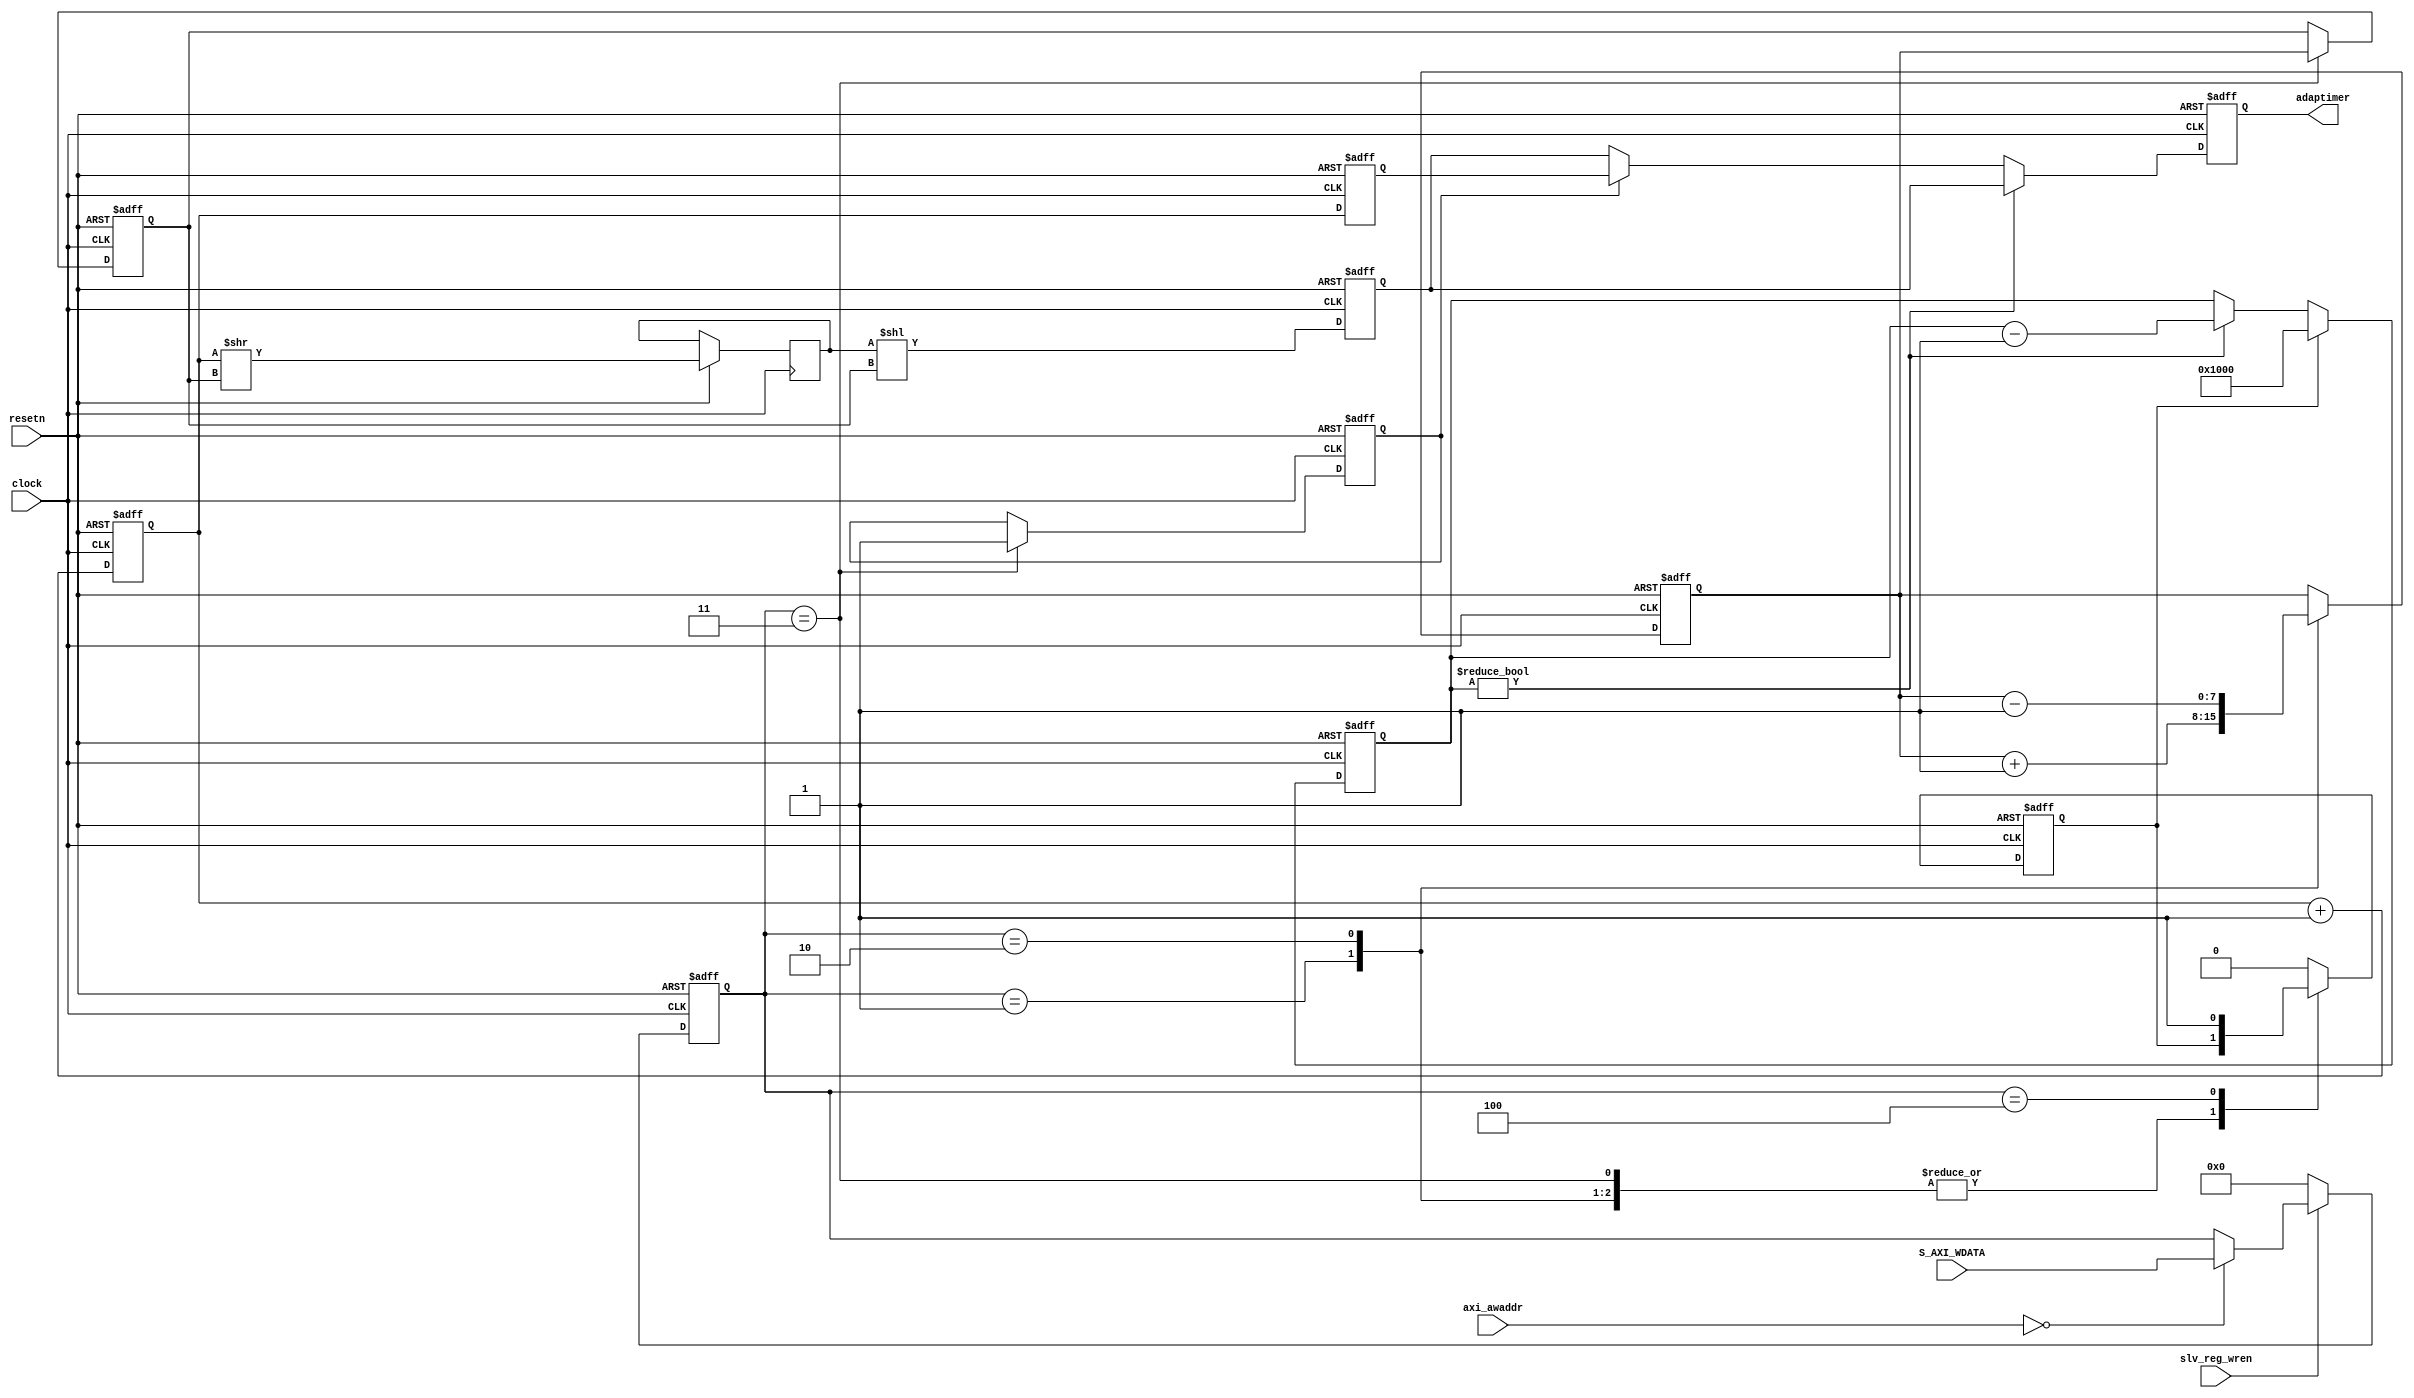
`timescale 1ns / 1ps


module AdapTimer(
	input                     resetn,
	input                     clock,
	input                     slv_reg_wren,
	input [2:0]               axi_awaddr,
	input [31:0]              S_AXI_WDATA,
(*mark_debug = "true"*)output reg [63:0]         adaptimer
);


// ==================================================================
// reg
// ==================================================================
(*mark_debug = "true"*)reg [63:0]     clock_counter;
(*mark_debug = "true"*)reg [31:0]     control_register;
(*mark_debug = "true"*)reg [7:0]      resolution_register;
(*mark_debug = "true"*)reg [7:0]      safe_resolution_register;
(*mark_debug = "true"*)reg [63:0]     safetimer;
(*mark_debug = "true"*)reg [63:0]     temp_safetimer;
(*mark_debug = "true"*)reg [63:0]     high_resolution_timer;
(*mark_debug = "true"*)reg            flush_start;
(*mark_debug = "true"*)reg            timer_en;
(*mark_debug = "true"*)reg [31:0]     safe_counter;


// ==================================================================
// clock_counter
// ==================================================================	
always @(posedge clock or negedge resetn) 
	begin
	if(resetn == 1'b0) 
		begin
		clock_counter <=64'h0;
		end
	else
		begin
		clock_counter <= clock_counter+1'b1;
		end
	end

	
	
// ==================================================================
// control_register
// ==================================================================
always @(posedge clock or negedge resetn)
	begin
	if(resetn == 1'b0)
		begin
		control_register <= 32'h0;
		end
	else	
		if(slv_reg_wren)
			begin
			case(axi_awaddr)
				4'h0:
					begin
					control_register <= S_AXI_WDATA[31:0];
					end
				default:
					begin
					control_register <= control_register; 
					end
			endcase
			end
		else
			begin
			control_register <= 32'h0;
			end
	end		
	

// ==================================================================
// resolution_register/safe_resolution_register,flushflush_start
// ==================================================================
always @(posedge clock or negedge resetn)
	begin
	if(resetn == 1'b0)
		begin
		resolution_register      <= 8'h10;
		safe_resolution_register <= 8'h10;
		flush_start              <= 1'b0;
		timer_en                 <= 1'b0;
		end
	else
		begin
		case(control_register)
			32'h1://
				begin
				resolution_register <= resolution_register + 1'b1;
				end
			32'h2://
				begin
				resolution_register <= resolution_register - 1'b1;
				end
			32'h3://
				begin
				safe_resolution_register <= resolution_register;
				timer_en <= 1'b1;
				end
			32'h4://flush
				begin
				flush_start <= 1'b1;
				end
			default:
				begin
				resolution_register <= resolution_register;
				timer_en <= timer_en;
				flush_start <= 1'b0;
				end
		endcase
		end
	end



	
// ==================================================================
// safetimer
// ==================================================================	
always @(posedge clock or negedge resetn)
	begin
	if(resetn==1'b0)
		begin
		safetimer <=64'h0;
		end
	else
		begin
		temp_safetimer <= clock_counter >> safe_resolution_register;
		safetimer <= temp_safetimer << safe_resolution_register;
		end	
	end


// ==================================================================
// high_resolution_timer
// ==================================================================	
always @(posedge clock or negedge resetn)
	begin
	if(resetn==1'b0)
		begin
		high_resolution_timer <=64'h0;
		end
	else
		begin
		high_resolution_timer <= clock_counter;
		end	
	end



// ==================================================================
// safe_counter
// ==================================================================

always @(posedge clock or negedge resetn) 
	begin
    if ( resetn == 1'b0 ) 
		begin
        safe_counter <= 32'h0000;
		end
    else 
		begin
		case(flush_start)
			1'b1:
				begin
				safe_counter <= 32'h1000;
				end
			default:
				begin
				if(safe_counter != 32'h0)
					begin
					safe_counter <= safe_counter-1'b1;
					end
				else
					begin
					safe_counter <= safe_counter;
					end	
				end	
		endcase	
		end
	end	


	
	
// ==================================================================
// adaptimer
// ==================================================================	
always @(posedge clock or negedge resetn)
	begin
	if(resetn==1'b0)
		begin
		adaptimer <=64'h0;
		end
	else
		begin
		if(safe_counter != 32'h0)
			begin
			adaptimer <= safetimer;
			end
		else
			begin
			if(timer_en == 1'b0)
				begin
				adaptimer <= safetimer;
				end
			else
				begin
				adaptimer <= high_resolution_timer;
				end
			end		
		end	
	end

	
	
	
endmodule